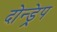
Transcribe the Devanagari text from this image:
दोन्ड्रेप